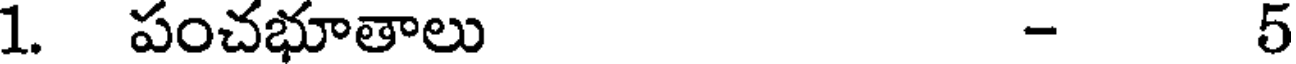
1. పంచభూతాలు - 5